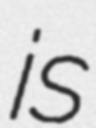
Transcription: is